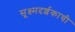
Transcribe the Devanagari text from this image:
सूक्ष्मदर्शकाची